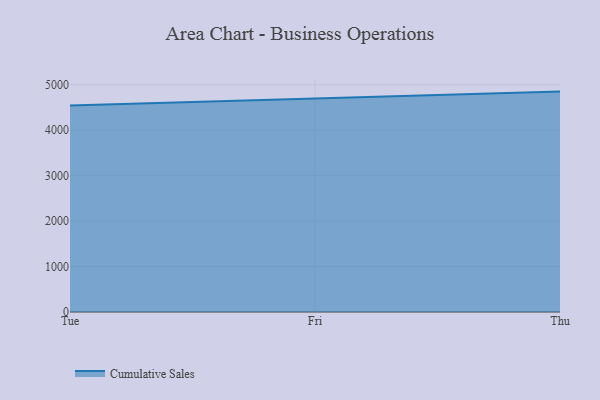
{"axis": {"x": "Day", "y": "Backlog"}, "legend": ["Cumulative Sales"], "data": [{"x": "Tue", "y": 4543.3, "type": "Cumulative Sales"}, {"x": "Fri", "y": 4690.1, "type": "Cumulative Sales"}, {"x": "Thu", "y": 4847.8, "type": "Cumulative Sales"}]}